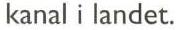
kanal i landet.